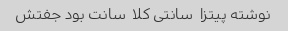
نوشته پیتزا  سانتی کلا  سانت بود جفتش